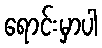
ရောင်းမှာပါ